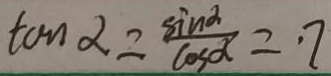
\tan \alpha = \frac { \sin \alpha } { \cos \alpha } = 7